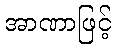
အာဏာဖြင့်